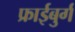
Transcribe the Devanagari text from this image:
फ्राईबुर्ग